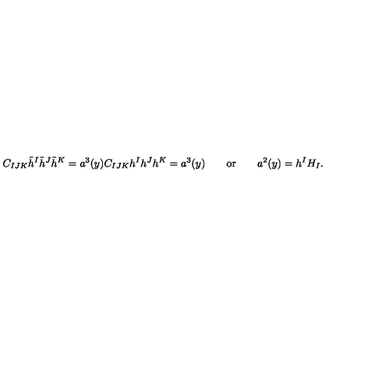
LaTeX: C _ { I J K } \tilde { h } ^ { I } \tilde { h } ^ { J } \tilde { h } ^ { K } = a ^ { 3 } ( y ) C _ { I J K } h ^ { I } h ^ { J } h ^ { K } = a ^ { 3 } ( y ) \qquad \mathrm { o r } \qquad a ^ { 2 } ( y ) = h ^ { I } H _ { I } .